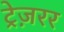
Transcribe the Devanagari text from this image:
ट्रेज़रर